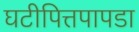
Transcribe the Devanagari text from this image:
घटीपित्तपापडा